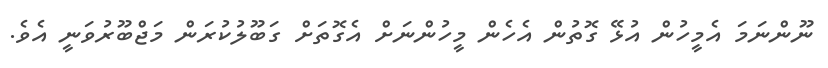
ނޫންނަމަ އެމީހުން އުޅޭ ގޮތުން އެހެން މީހުންނަށް އެގޮތަށް ގަބޫލުކުރަން މަޖްބޫރުވަނީ އެވެ.